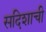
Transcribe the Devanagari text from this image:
सदिशाची